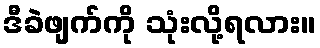
ဒီခဲဖျက်ကို သုံးလို့ရလား။